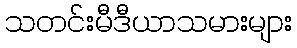
သတင်းမီဒီယာသမားများ